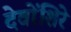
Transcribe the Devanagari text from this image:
देवोंशिरे